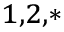
^ { 1 , 2 , * }